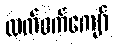
ထက်ဝက်ကျော်